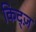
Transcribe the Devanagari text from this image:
किद्ज़